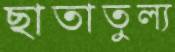
ছাতাতুল্য